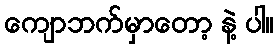
ကျောဘက်မှာတော့ နဲ့ ပါ။